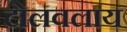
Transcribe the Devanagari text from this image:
टोलवलाय